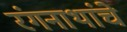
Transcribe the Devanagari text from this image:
रंगनाथांचे